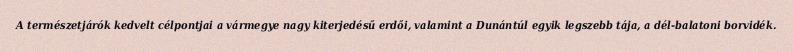
A természetjárók kedvelt célpontjai a vármegye nagy kiterjedésű erdői, valamint a Dunántúl egyik legszebb tája, a dél-balatoni borvidék.